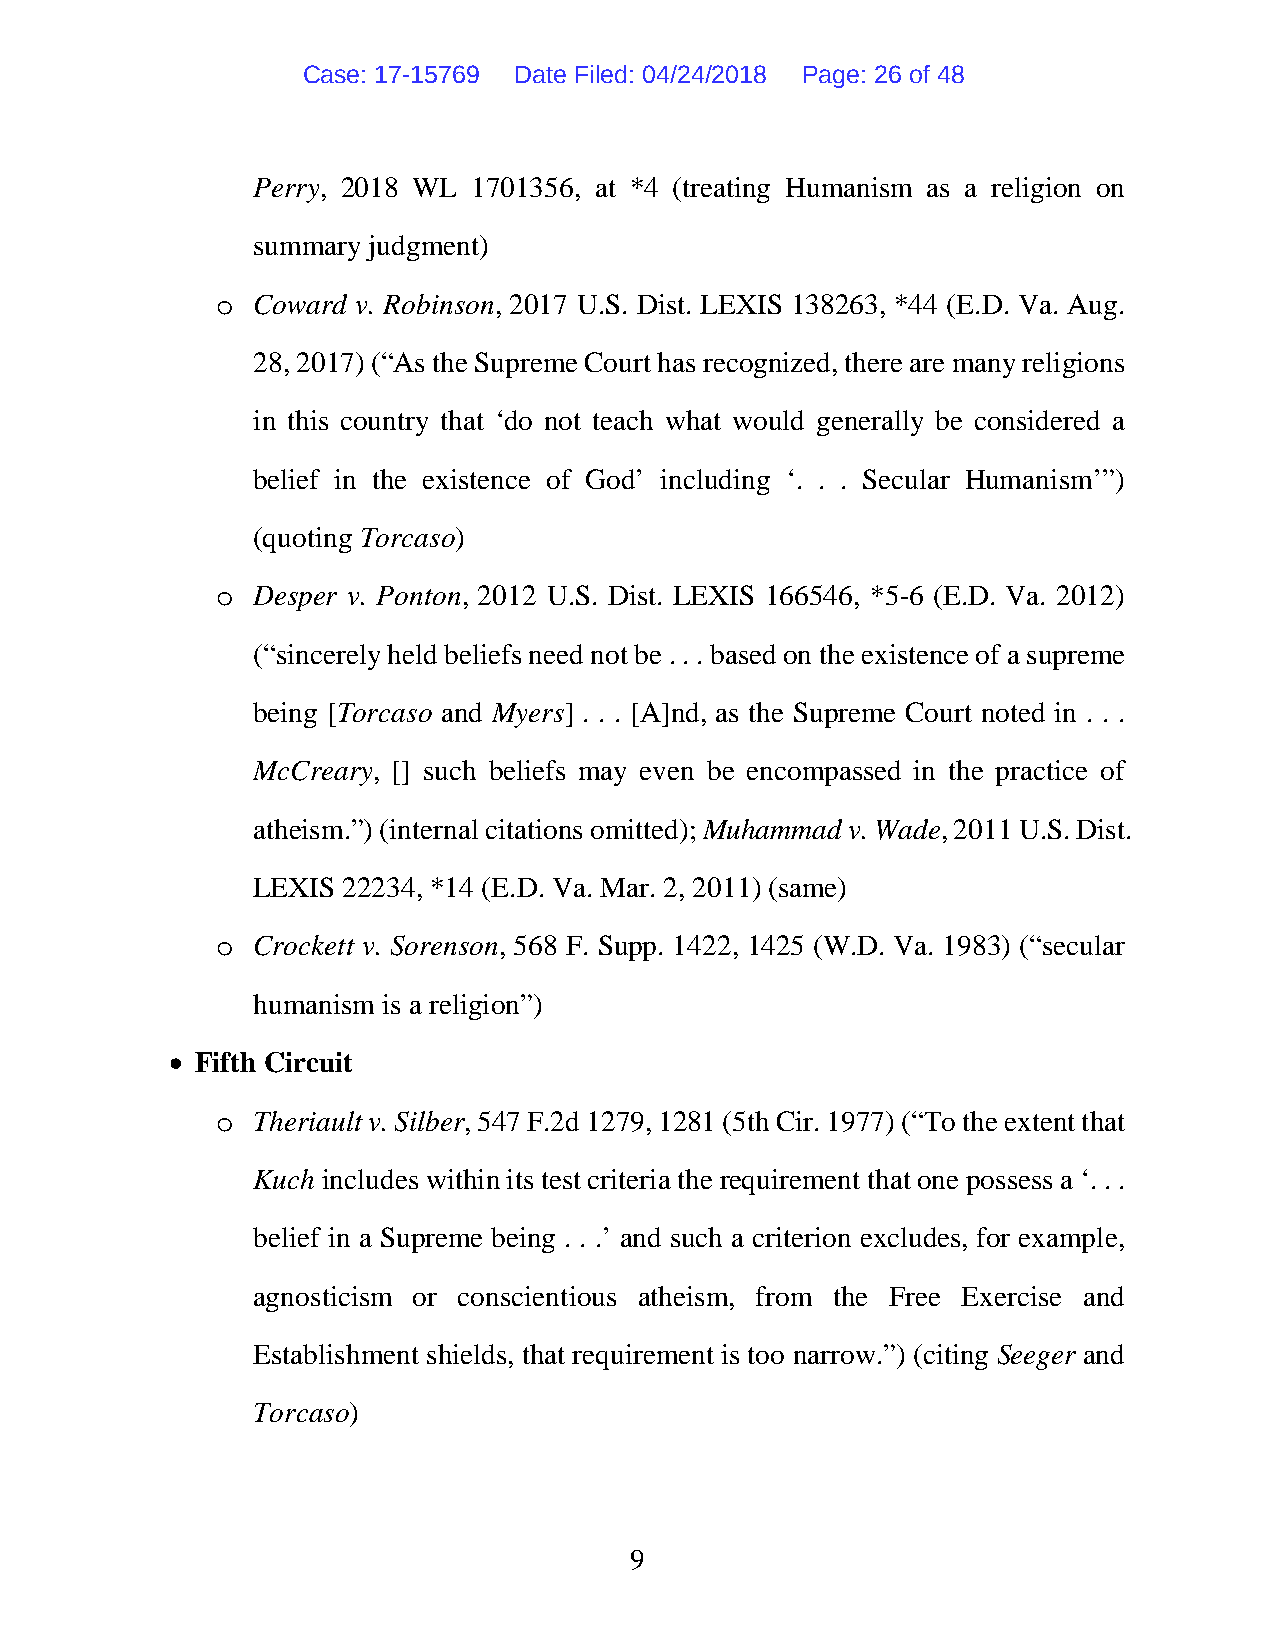
Case: 17-15769 Date Filed: 04/24/2018 Page: 26 of 48
 Perry, 2018 WL 1701356, at *4 (treating Humanism as a religion on
 summary judgment)
 Coward v. Robinson, 2017 U.S. Dist. LEXIS 138263, *44 (E.D. Va. Aug.
 o
 28, 2017) (“As the Supreme Court has recognized, there are many religions
 in this country that ‘do not teach what would generally be considered a
 belief in the existence of God’ including ‘. . . Secular Humanism’”)
 (quoting Torcaso)
 Desper v. Ponton, 2012 U.S. Dist. LEXIS 166546, *5-6 (E.D. Va. 2012)
 o
 (“sincerely held beliefs need not be . . . based on the existence of a supreme
 being [Torcaso and Myers] . . . [A]nd, as the Supreme Court noted in . . .
 McCreary, [] such beliefs may even be encompassed in the practice of
 atheism.”) (internal citations omitted); Muhammad v. Wade, 2011 U.S. Dist.
 LEXIS 22234, *14 (E.D. Va. Mar. 2, 2011) (same)
 Crockett v. Sorenson, 568 F. Supp. 1422, 1425 (W.D. Va. 1983) (“secular
 o
 humanism is a religion”)
 • Fifth Circuit
 Theriault v. Silber, 547 F.2d 1279, 1281 (5th Cir. 1977) (“To the extent that
 o
 Kuch includes within its test criteria the requirement that one possess a ‘. . .
 belief in a Supreme being . . .’ and such a criterion excludes, for example,
 agnosticism or conscientious atheism, from the Free Exercise and
 Establishment shields, that requirement is too narrow.”) (citing Seeger and
 Torcaso)
 9